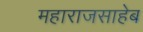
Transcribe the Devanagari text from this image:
महाराजसाहेब